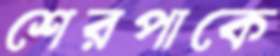
শেরপাকে